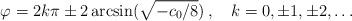
LaTeX: \begin{align*}\varphi=2k\pi\pm 2\arcsin(\sqrt{-c_0/8})\,,\quad k = 0, \pm 1,\pm 2, \ldots\end{align*}